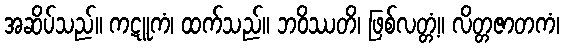
အဆိပ်သည်။ ကဋူကံ၊ ထက်သည်။ ဘဝိဿတိ၊ ဖြစ်လတ္တံ့။ လိတ္တဇာတကံ၊